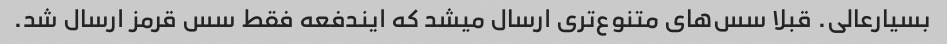
بسیارعالی. قبلا سس‌های متنوع‌تری ارسال میشد که ایندفعه فقط سس قرمز ارسال شد.